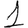
Digit: 1